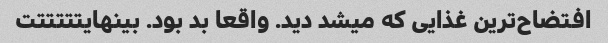
افتضاح‌ترین غذایی که میشد دید. واقعا بد بود. بینهایتتتتتت